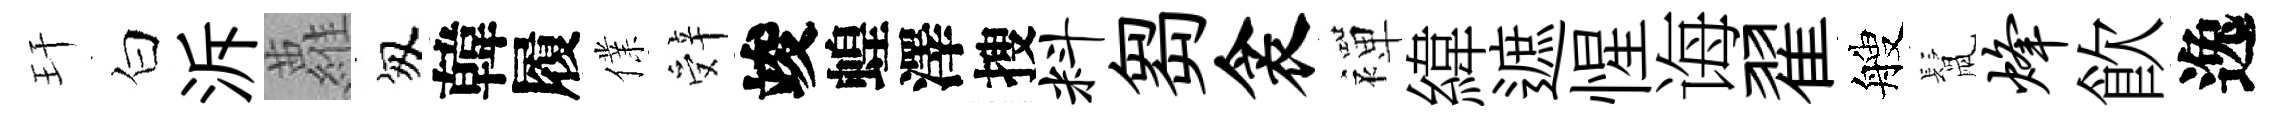
玕白泝蘿匆韓履㒒辤竣蝗澤搜料芻衾襌緯遮惺诲翟艘鬛烽飮逸